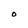
Character: O